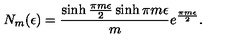
N _ { m } ( \epsilon ) = { \frac { \sinh { \frac { \pi m \epsilon } { 2 } } \sinh \pi m \epsilon } { m } } e ^ { \frac { \pi m \epsilon } { 2 } } .